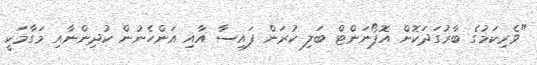
"ވެރިކަމުގެ ބާރުގަދަކޮށް އޮޕޯނަންޓް ބަލި ކުރަން ފައިސާ އާއި އަންހެނުން ކުދިންނާއި މަގާމަކީ